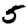
Digit: 5